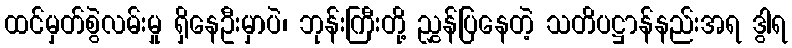
ထင်မှတ်စွဲလမ်းမှု ရှိနေဦးမှာပဲ၊ ဘုန်းကြီးတို့ ညွှန်ပြနေတဲ့ သတိပဋ္ဌာန်နည်းအရ ဒွါရ